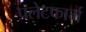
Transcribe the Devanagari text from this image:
प्रलेटफार्म